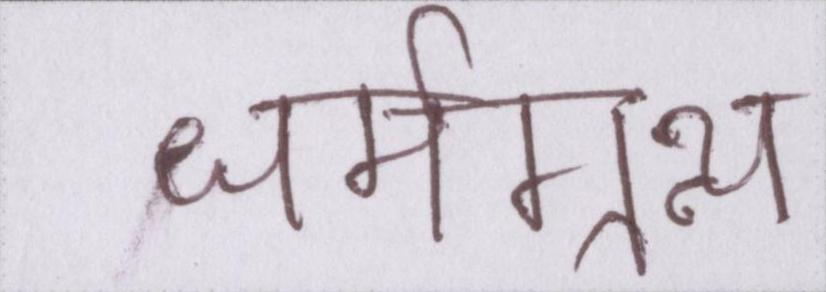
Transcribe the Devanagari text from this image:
धर्मग्रन्थ